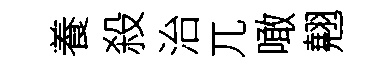
養殺治兀噉翹